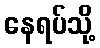
နေရပ်သို့